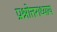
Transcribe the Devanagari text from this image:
प्रश्नोत्तराध्याय